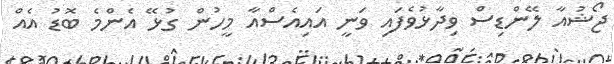
ޖޯޝުއާ ލޭންޑިސް ވިދާޅުވެފައި ވަނީ އައިއެސްއާ މީހުން ގުޅޭ އެންމެ ބޮޑު އެއް